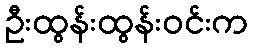
ဦးထွန်းထွန်းဝင်းက